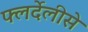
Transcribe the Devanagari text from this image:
फ्लर्देलीसे